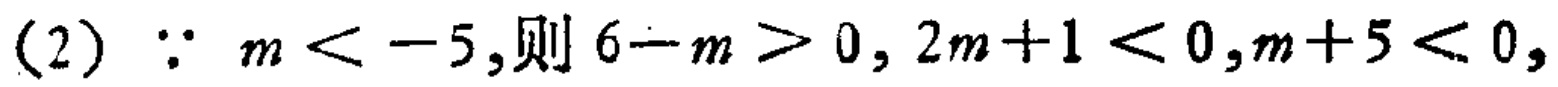
(2) \(\because m < -5\), 则 \(6 - m>0\), \(2m + 1<0\), \(m + 5<0\),